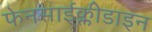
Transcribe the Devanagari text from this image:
फेनसाईक्लीडाइन